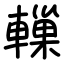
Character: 轈